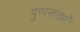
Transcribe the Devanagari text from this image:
पुष्पलताएँ